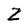
Character: Z